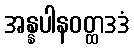
အန္နပါနဝတ္ထဒဒံ